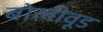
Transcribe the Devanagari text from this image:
बोलीवूड